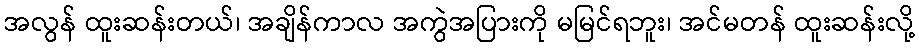
အလွန် ထူးဆန်းတယ်၊ အချိန်ကာလ အကွဲအပြားကို မမြင်ရဘူး၊ အင်မတန် ထူးဆန်းလို့